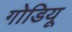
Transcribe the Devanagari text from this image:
गोडियू